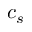
c _ { s }